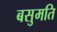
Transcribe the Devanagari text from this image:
बसुमति